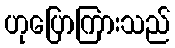
ဟုပြောကြားသည်